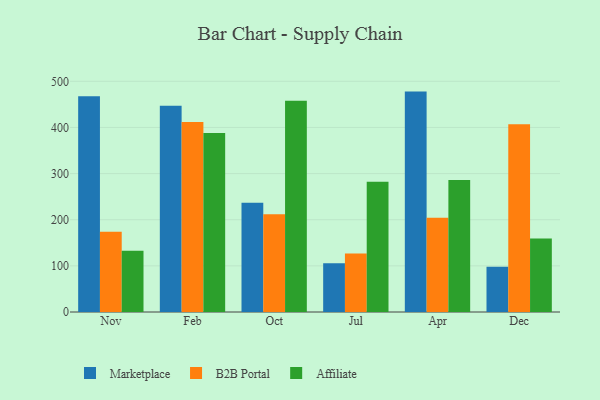
{"axis": {"x": "Month", "y": "Demand Index"}, "legend": ["Affiliate", "B2B Portal", "Marketplace"], "data": [{"x": "Nov", "y": 467.8, "type": "Marketplace"}, {"x": "Nov", "y": 174.2, "type": "B2B Portal"}, {"x": "Nov", "y": 132.5, "type": "Affiliate"}, {"x": "Feb", "y": 447.1, "type": "Marketplace"}, {"x": "Feb", "y": 411.6, "type": "B2B Portal"}, {"x": "Feb", "y": 387.7, "type": "Affiliate"}, {"x": "Oct", "y": 236.8, "type": "Marketplace"}, {"x": "Oct", "y": 211.9, "type": "B2B Portal"}, {"x": "Oct", "y": 458.0, "type": "Affiliate"}, {"x": "Jul", "y": 105.5, "type": "Marketplace"}, {"x": "Jul", "y": 126.7, "type": "B2B Portal"}, {"x": "Jul", "y": 282.1, "type": "Affiliate"}, {"x": "Apr", "y": 477.7, "type": "Marketplace"}, {"x": "Apr", "y": 204.3, "type": "B2B Portal"}, {"x": "Apr", "y": 286.1, "type": "Affiliate"}, {"x": "Dec", "y": 97.9, "type": "Marketplace"}, {"x": "Dec", "y": 406.9, "type": "B2B Portal"}, {"x": "Dec", "y": 159.1, "type": "Affiliate"}]}